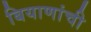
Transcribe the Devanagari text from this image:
बियाणांची